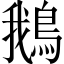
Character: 鵝